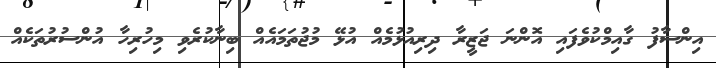
އިންސާފު ގާއިމްކުވެފައި އޮންނަ ޖަޒީރާ ދިރިއުޅުމެއް އުޅޭ މުޖުތަމައެއް ބިނާކުރެވި މިހުރިހާ އުންސުރުތަކެއް